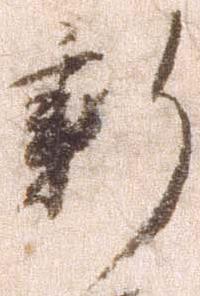
新